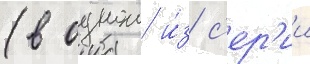
(в однои и́з с'ер'ии